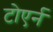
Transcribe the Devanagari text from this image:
टोएर्न